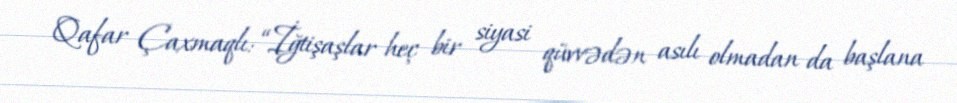
Qafar Çaxmaqlı: “İğtişaşlar heç bir siyasi qüvvədən asılı olmadan da başlana